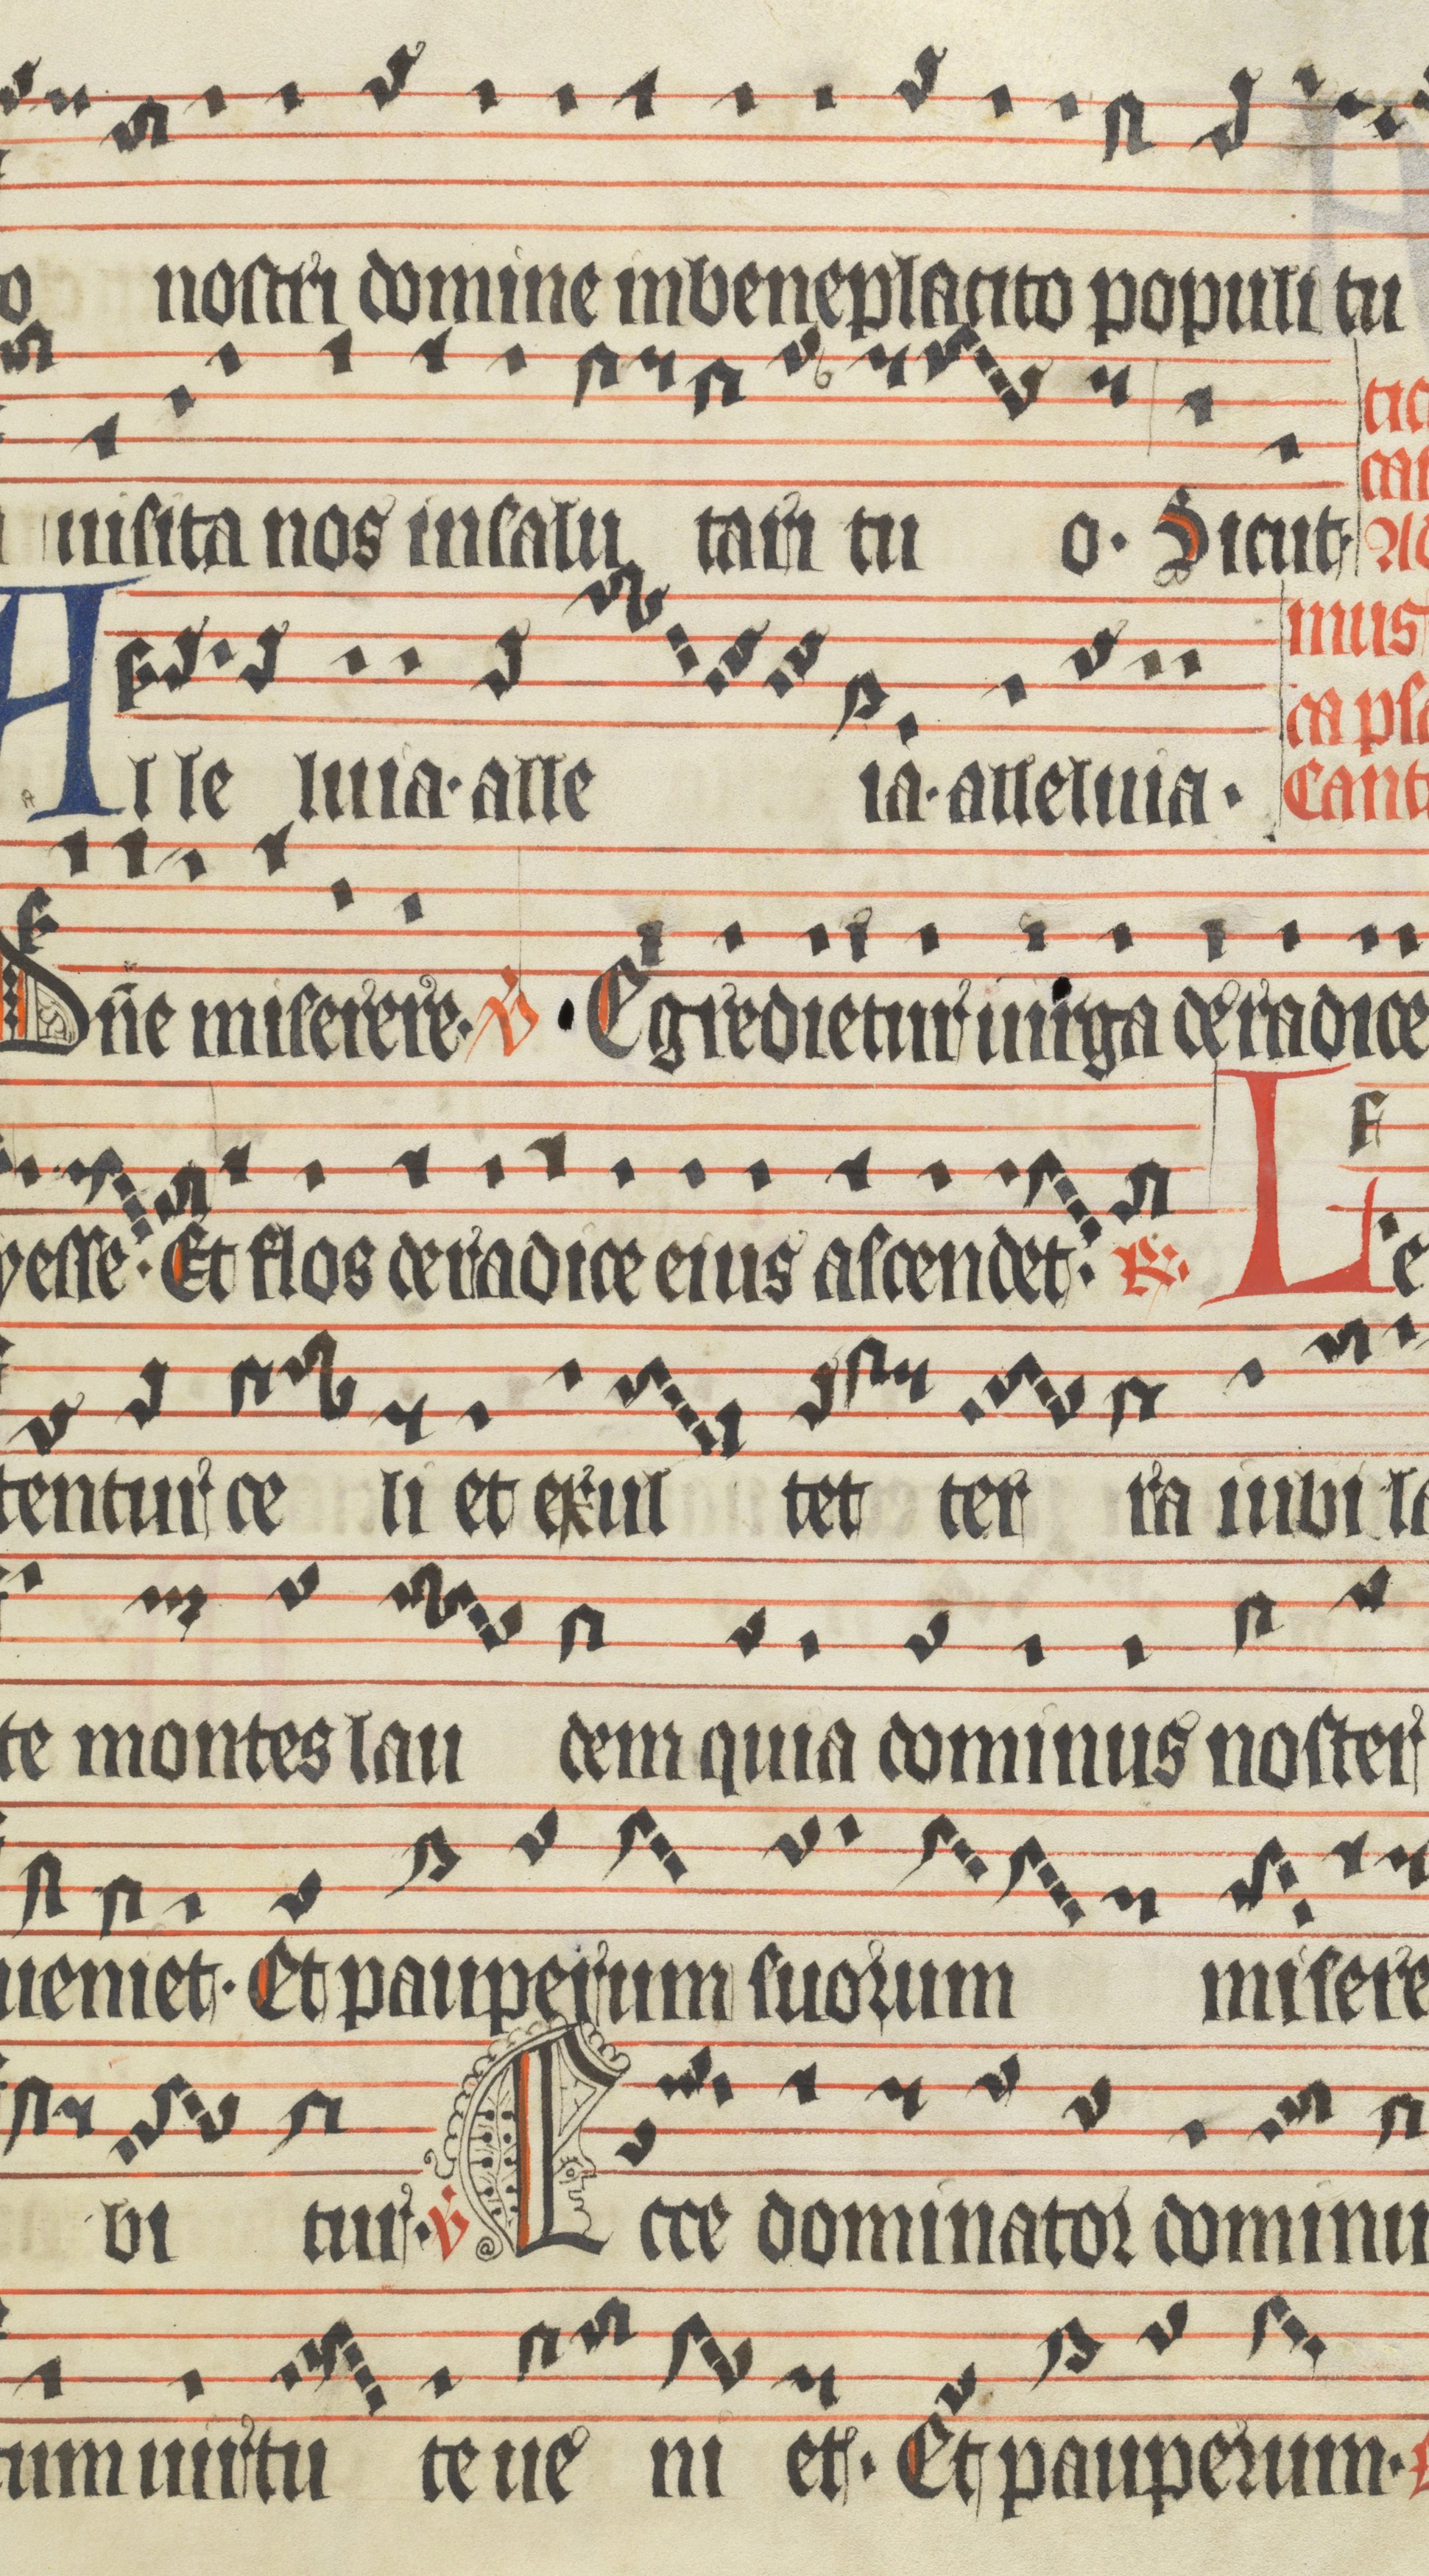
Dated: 1400–1499